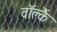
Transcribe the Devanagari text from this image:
वॉक्लैं